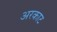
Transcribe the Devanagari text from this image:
अरकाट